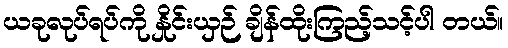
ယခုလုပ်ရပ်ကို နှိုင်းယှဉ် ချိန်ထိုးကြည့်သင့်ပါ တယ်။